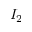
I _ { 2 }